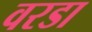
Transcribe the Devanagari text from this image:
वरडा